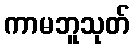
ကာမဘူသုတ်